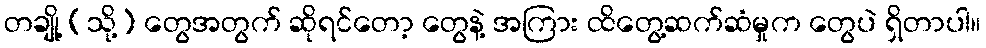
တချို့ (သို့) တွေအတွက် ဆိုရင်တော့ တွေနဲ့ အကြား ထိတွေ့ဆက်ဆံမှုက တွေပဲ ရှိတာပါ။